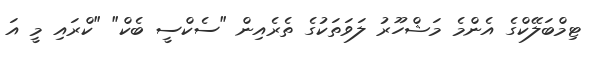
ޓިމްބަލޭކްގެ އެންމެ މަޝްހޫރު ލަވަތަކުގެ ތެރެއިން "ސެކްސީ ބެކް" "ކްރައި މީ އަ